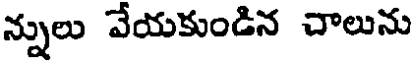
న్నులు వేయకుండిన చాలును